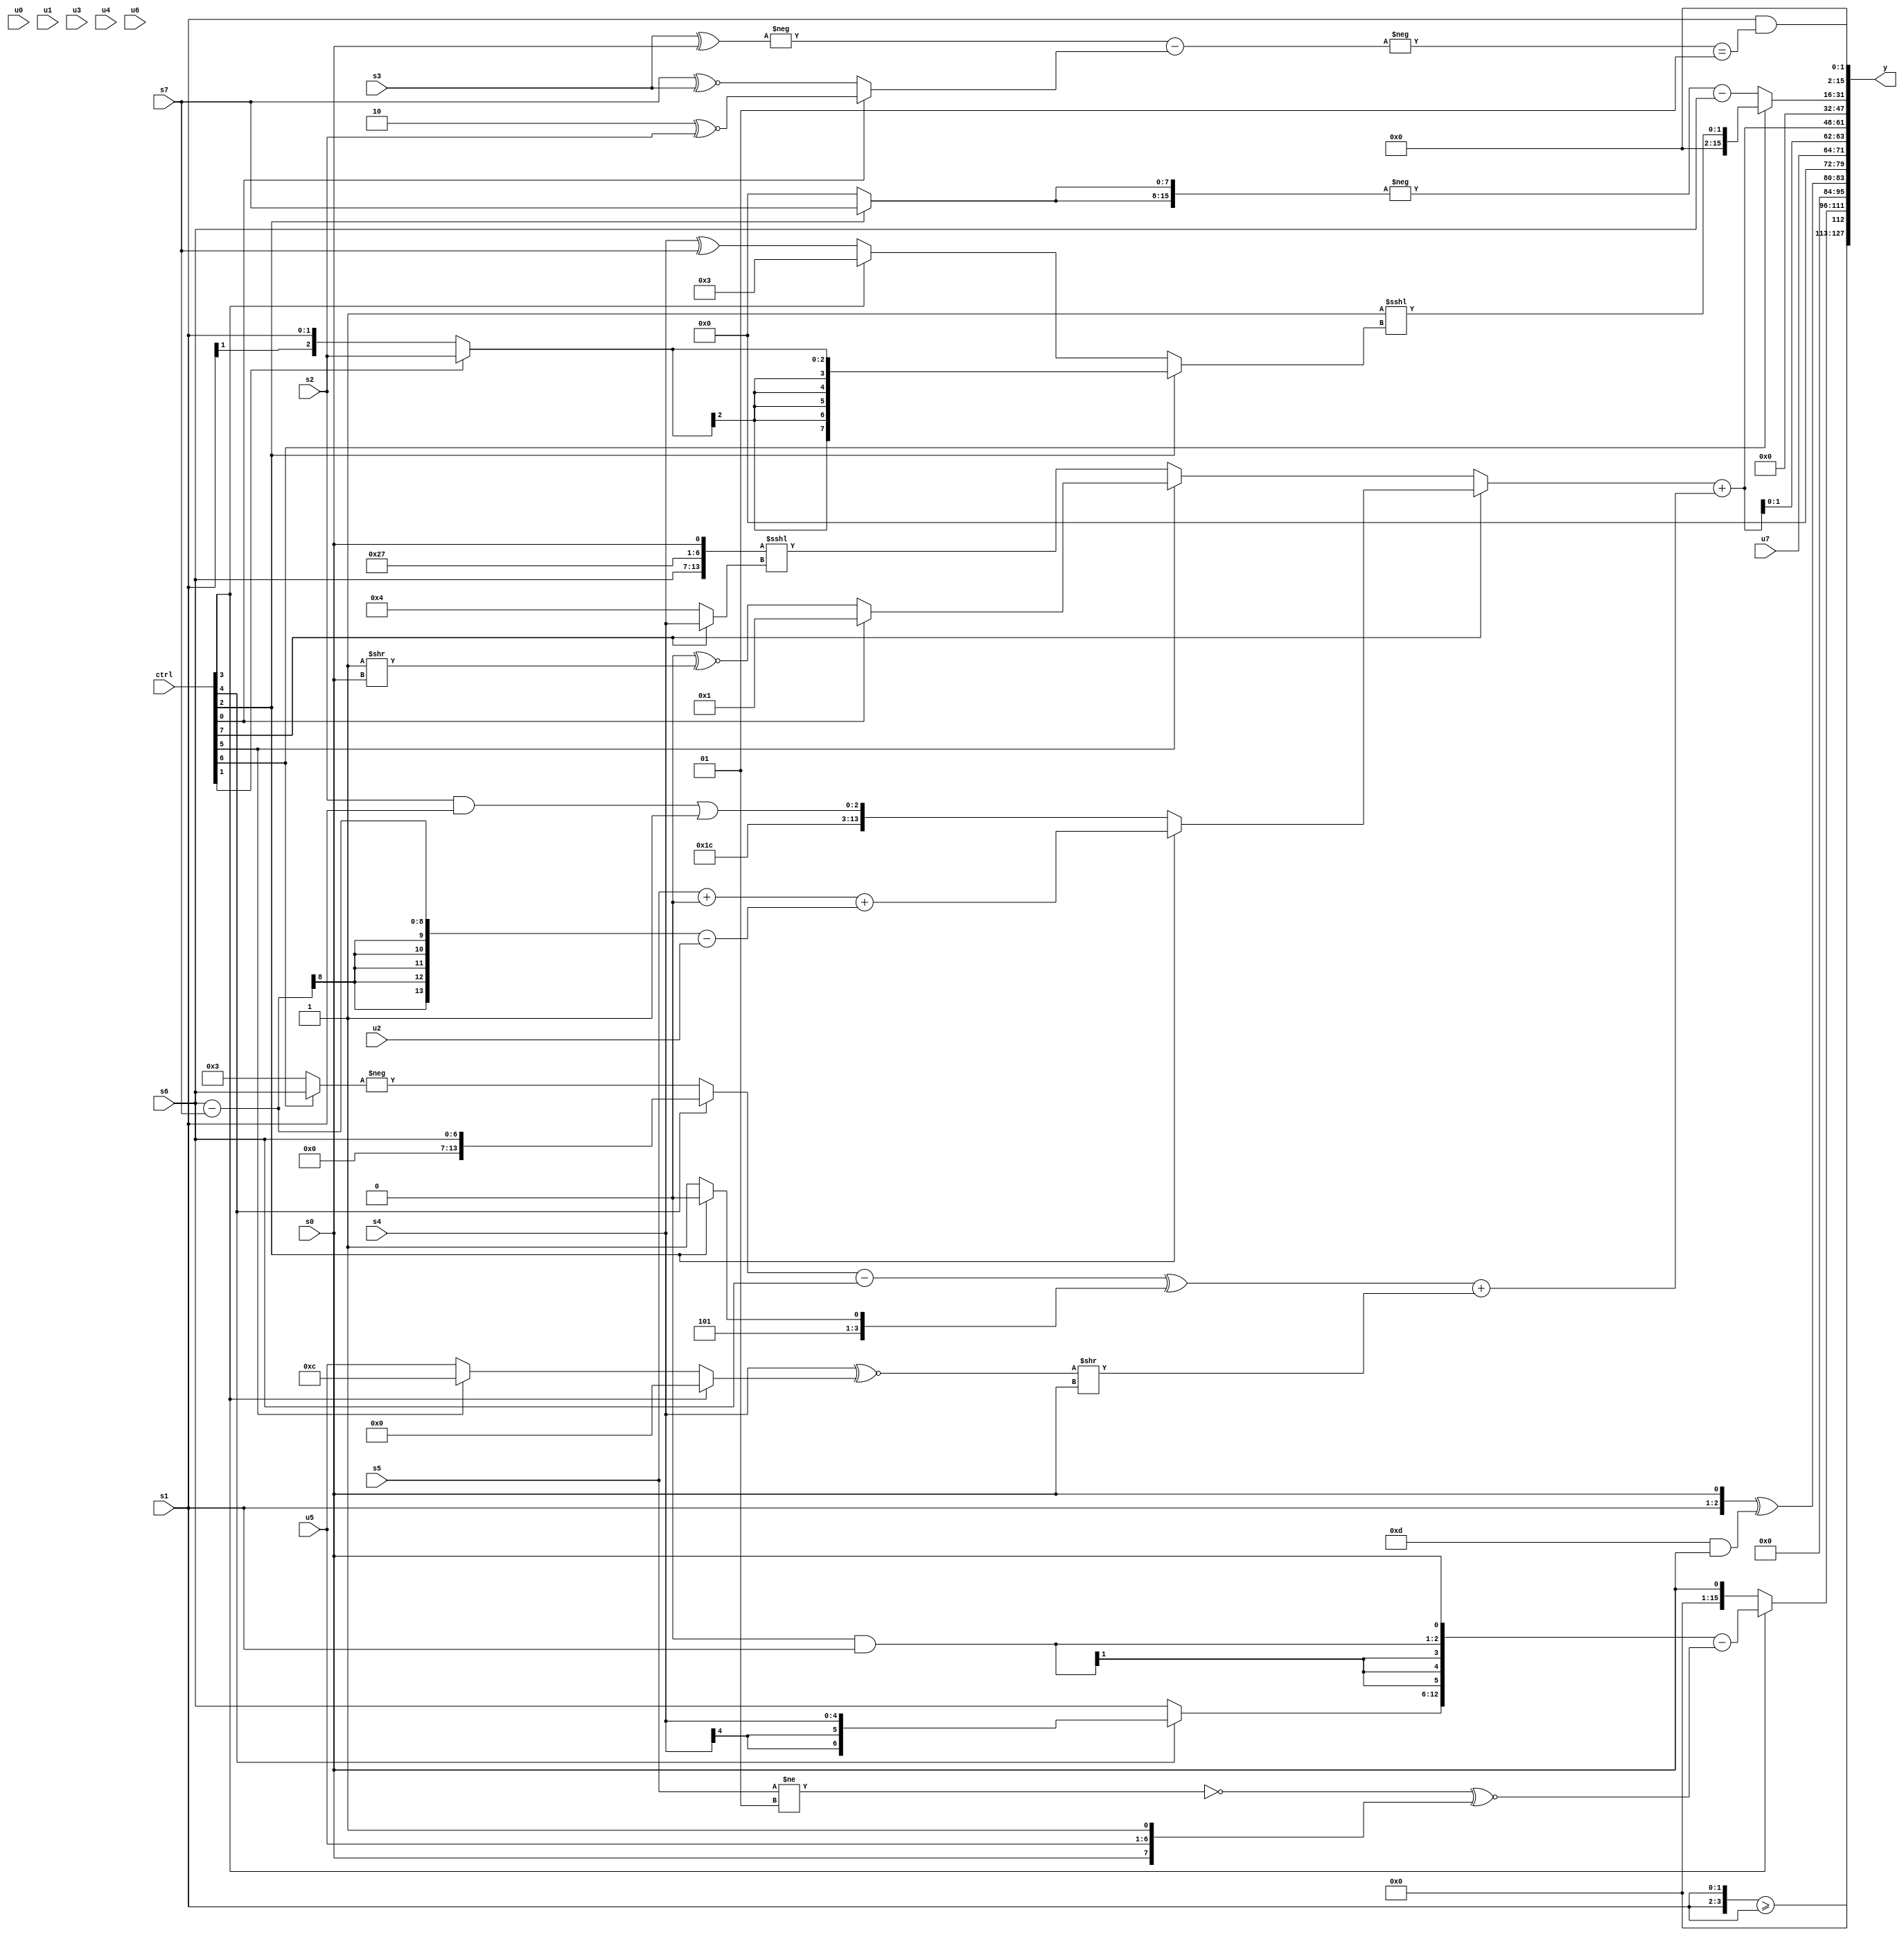
module wideexpr_00144(ctrl, u0, u1, u2, u3, u4, u5, u6, u7, s0, s1, s2, s3, s4, s5, s6, s7, y);
  input [7:0] ctrl;
  input [0:0] u0;
  input [1:0] u1;
  input [2:0] u2;
  input [3:0] u3;
  input [4:0] u4;
  input [5:0] u5;
  input [6:0] u6;
  input [7:0] u7;
  input signed [0:0] s0;
  input signed [1:0] s1;
  input signed [2:0] s2;
  input signed [3:0] s3;
  input signed [4:0] s4;
  input signed [5:0] s5;
  input signed [6:0] s6;
  input signed [7:0] s7;
  output [127:0] y;
  wire [15:0] y0;
  wire [15:0] y1;
  wire [15:0] y2;
  wire [15:0] y3;
  wire [15:0] y4;
  wire [15:0] y5;
  wire [15:0] y6;
  wire [15:0] y7;
  assign y = {y0,y1,y2,y3,y4,y5,y6,y7};
  assign y0 = ({2{s1}})>=({s1});
  assign y1 = (ctrl[3]?({$signed((ctrl[4]?s4:s6)),((5'sb00000)>>>(3'sb101))&(s1),s0})-((((s5)!=(2'sb01))^((5'sb11101)>=(6'sb100111)))^~({$signed(s0),u5,(6'b010010)>(3'b011)})):s0);
  assign y2 = (+({s1,s0}))^((4'sb1101)&(s0));
  assign y3 = u7;
  assign y4 = {2{((ctrl[7]?(ctrl[2]?((s5)+(+(~|(4'sb0110))))+(((s6)-(s7))-($signed(u2))):$signed({((5'sb00001)<<(2'sb00))^~(+(2'b10)),((s2)&(s1))|(1'sb1)})):+((ctrl[5]?(ctrl[0]?|($unsigned(5'sb00101)):($unsigned(2'sb00))^~((2'b01)>>(s0))):({s6,(6'sb000011)^~(6'sb011011),$signed(s0)})<<<((ctrl[7]?s4:4'sb0100))))))+(((((ctrl[4]?s6:-((ctrl[6]?s6:3'sb011))))-(s6))^((ctrl[2]?+(+($signed(5'sb01010))):$signed(5'sb01011))))+(((s4)^~((ctrl[3]?$signed((2'sb10)>=(1'sb1)):$signed((ctrl[5]?4'b1100:u5)))))>>(s0)))}};
  assign y5 = (3'sb000)^~(-($unsigned({2'sb00,1'sb1})));
  assign y6 = +((ctrl[6]?{1{($signed(+(($signed(1'b1))|((2'b11)<<(1'sb1)))))<<<((ctrl[2]?(ctrl[1]?s2:s1):$signed((ctrl[3]?$signed(6'sb000011):(s4)^(s7)))))}}:{1'sb0,-((ctrl[5]?((2'sb11)!=(s5))+(u6):{(1'sb1)-((s5)<<<(s6)),($unsigned(2'sb00))<<<(s2),(+(s6))^~(s4)})),+(3'b010),(-({2{((ctrl[2]?s7:5'sb00000))<<((5'sb01000)==(3'sb001))}}))-(+($signed(s6)))}));
  assign y7 = (s1)&(+((-((-((s3)^(s0)))-((ctrl[0]?(2'sb10)^~(s2):(s7)^~(s3)))))==($signed(3'b001))));
endmodule